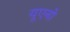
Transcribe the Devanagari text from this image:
यूएनो